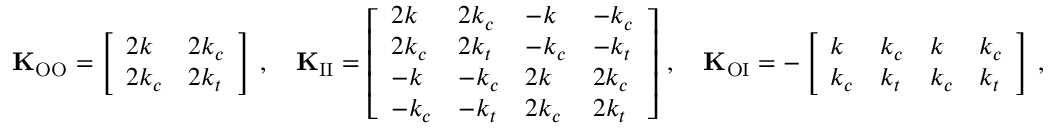
\mathbf { K } _ { \mathrm { O O } } = \left[ \begin{array} { l l } { 2 k } & { 2 k _ { c } } \\ { 2 k _ { c } } & { 2 k _ { t } } \end{array} \right] \, , \quad \mathbf { K } _ { \mathrm { I I } } = \left[ \begin{array} { l l l l } { 2 k } & { 2 k _ { c } } & { - k } & { - k _ { c } } \\ { 2 k _ { c } } & { 2 k _ { t } } & { - k _ { c } } & { - k _ { t } } \\ { - k } & { - k _ { c } } & { 2 k } & { 2 k _ { c } } \\ { - k _ { c } } & { - k _ { t } } & { 2 k _ { c } } & { 2 k _ { t } } \end{array} \right] \, , \quad \mathbf { K } _ { \mathrm { O I } } = - \left[ \begin{array} { l l l l } { k } & { k _ { c } } & { k } & { k _ { c } } \\ { k _ { c } } & { k _ { t } } & { k _ { c } } & { k _ { t } } \end{array} \right] \, ,